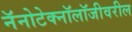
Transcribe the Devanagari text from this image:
नॅनोटेक्नॉलॉजीवरील